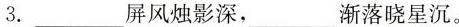
3.___屏风烛影深，___渐落晓星沉。